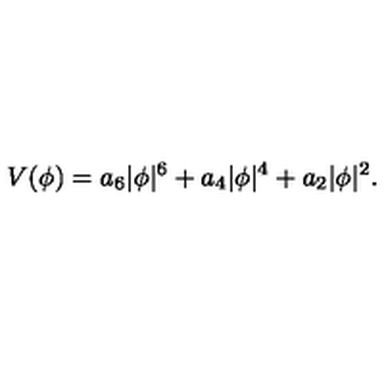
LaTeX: V ( \phi ) = a _ { 6 } | \phi | ^ { 6 } + a _ { 4 } | \phi | ^ { 4 } + a _ { 2 } | \phi | ^ { 2 } .